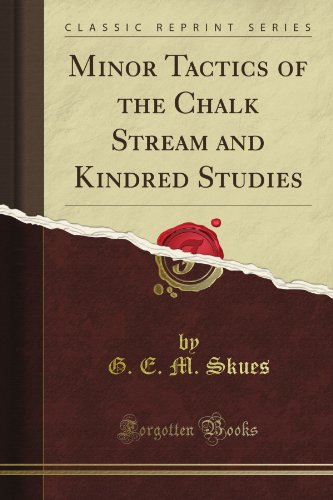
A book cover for Minor Tactics of the Chalk Stream and Kindred Studies (Classic Reprint); G. E. M. Skues; Sports & Outdoors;